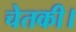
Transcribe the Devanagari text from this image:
चेतकी।